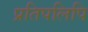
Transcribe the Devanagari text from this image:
प्रतिपलिपि